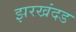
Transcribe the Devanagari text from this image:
झरखंदड